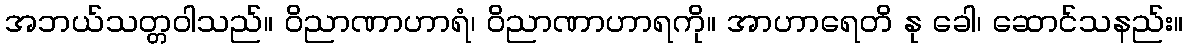
အဘယ်သတ္တဝါသည်။ ဝိညာဏာဟာရံ၊ ဝိညာဏာဟာရကို။ အာဟာရေတိ နု ခေါ၊ ဆောင်သနည်း။